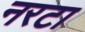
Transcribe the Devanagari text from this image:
नरटा